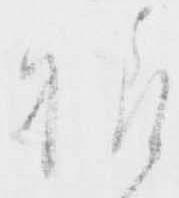
様